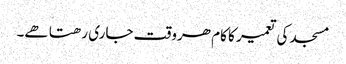
مسجد کی تعمیر کا کام ھروقت جاری رھتا ھے۔